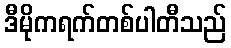
ဒီမိုကရက်တစ်ပါတီသည်